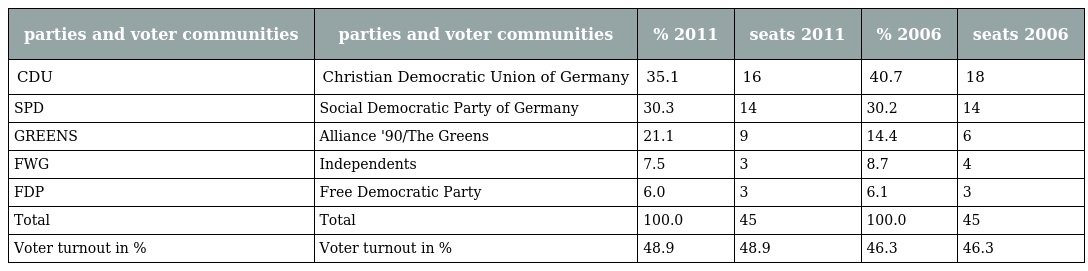
| parties and voter communities | parties and voter communities | % 2011 | seats 2011 | % 2006 | seats 2006 |
 | --- | --- | --- | --- | --- | --- |
 | CDU | Christian Democratic Union of Germany | 35.1 | 16 | 40.7 | 18 |
 | SPD | Social Democratic Party of Germany | 30.3 | 14 | 30.2 | 14 |
 | GREENS | Alliance '90/The Greens | 21.1 | 9 | 14.4 | 6 |
 | FWG | Independents | 7.5 | 3 | 8.7 | 4 |
 | FDP | Free Democratic Party | 6.0 | 3 | 6.1 | 3 |
 | Total | Total | 100.0 | 45 | 100.0 | 45 |
 | Voter turnout in % | Voter turnout in % | 48.9 | 48.9 | 46.3 | 46.3 |